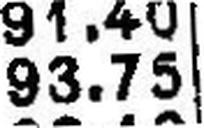
93.75